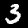
Digit: 3